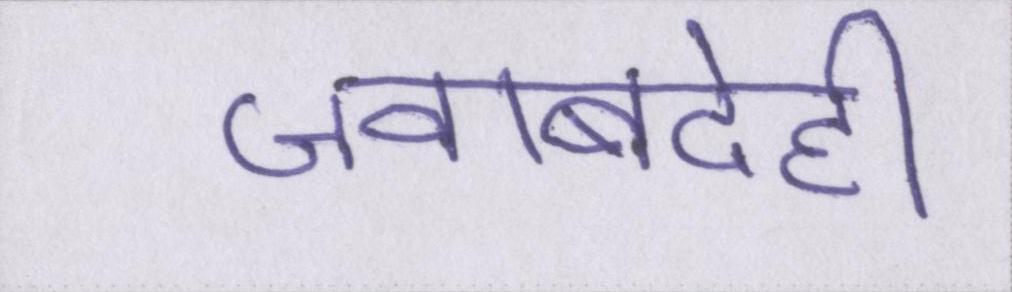
जवाबदेही